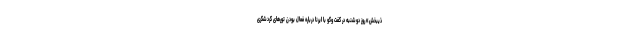
ذیبخش» روز دوشنبه در گفت وگو با ایرنا درباره فعال بودن تورهای گردشگری